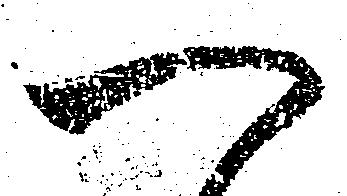
一